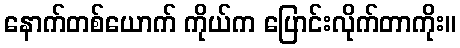
နောက်တစ်ယောက် ကိုယ်က ပြောင်းလိုက်တာကိုး။